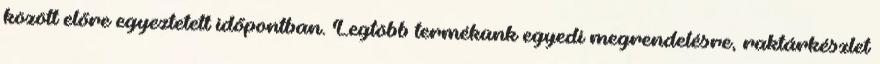
között előre egyeztetett időpontban. Legtöbb termékünk egyedi megrendelésre, raktárkészlet